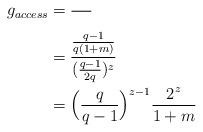
LaTeX: \begin{align*} g_{access} &= \frac{\splitfrac{}{}}{}\\ &= \frac{\frac{q-1}{q(1+m)}}{({\frac{q-1}{2q}})^z}\\ &= {\Big(\frac{q}{q-1}\Big)}^{z - 1} \frac{2^z}{1+m} \end{align*}